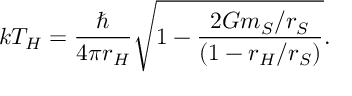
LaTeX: k T _ { H } = { \frac { \hbar } { 4 \pi r _ { H } } } \sqrt { 1 - { \frac { 2 G m _ { S } / r _ { S } } { ( 1 - r _ { H } / r _ { S } ) } } } .